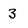
Character: 3